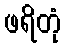
ဖရိတုံ